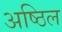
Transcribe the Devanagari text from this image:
अष्ठिल